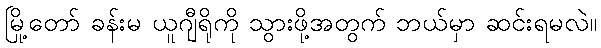
မြို့တော် ခန်းမ ယူဂျီရိုကို သွားဖို့အတွက် ဘယ်မှာ ဆင်းရမလဲ။